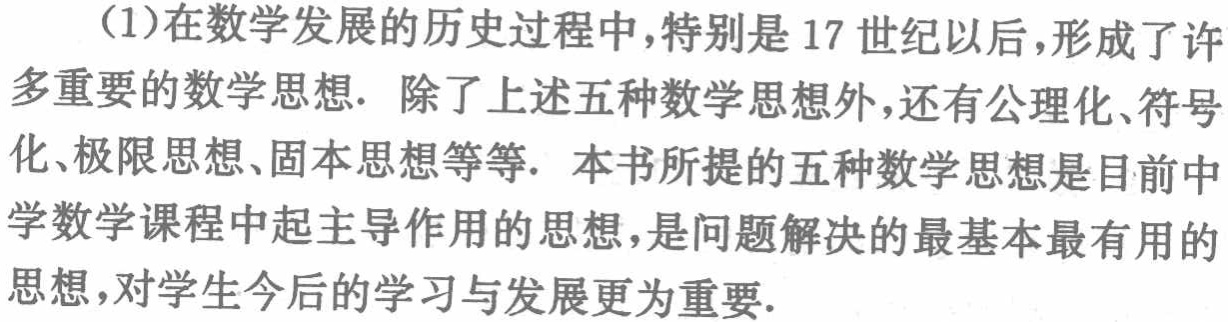
(1)在数学发展的历史过程中,特别是17世纪以后,形成了许多重要的数学思想. 除了上述五种数学思想外,还有公理化、符号化、极限思想、固本思想等等. 本书所提的五种数学思想是目前中学数学课程中起主导作用的思想,是问题解决的最基本最有用的思想,对学生今后的学习与发展更为重要.